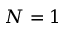
N = 1